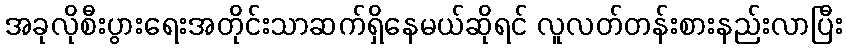
အခုလိုစီးပွားရေးအတိုင်းသာဆက်ရှိနေမယ်ဆိုရင် လူလတ်တန်းစားနည်းလာပြီး